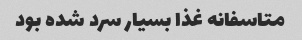
متاسفانه غذا بسیار سرد شده بود